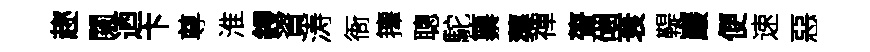
趂闚迺卞尊淮鋟資涛衙籜聰駝纂蕖禪膂硱衰鞮巖便速惡